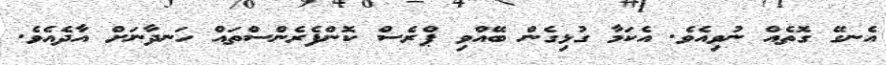
އެނގޭ ގޮތެއް ނުވިއެވެ. އެކަމާ ގުޅިގެން ބޭއްވި ޕްރެސް ކޮންފެރެންސްތައް ހަނދާނަށް އާދެއެވެ.